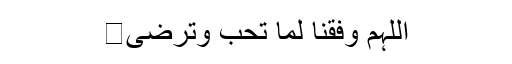
اللّٰہم وفقنا لما تحب وترضٰی․